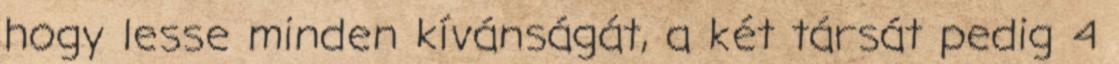
hogy lesse minden kívánságát, a két társát pedig 4